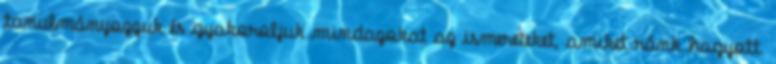
tanulmányozzuk és gyakoroljuk mindazokat az ismereteket, amiket ránk hagyott.